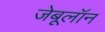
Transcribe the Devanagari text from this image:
जेबूलॉन